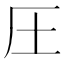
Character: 圧